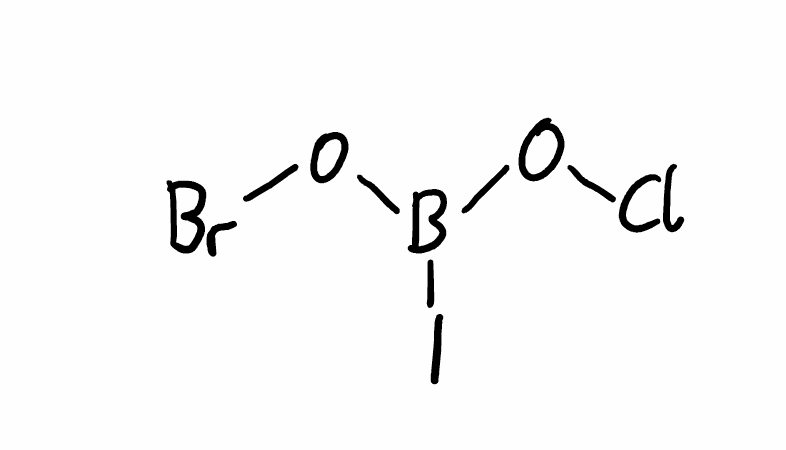
Simplified molecular-input line-entry system (SMILES) notation of the given molecule:
B(OCl)(OBr)I